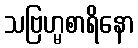
သဗြဟ္မစာရိနော